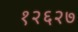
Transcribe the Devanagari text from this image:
१२६२७